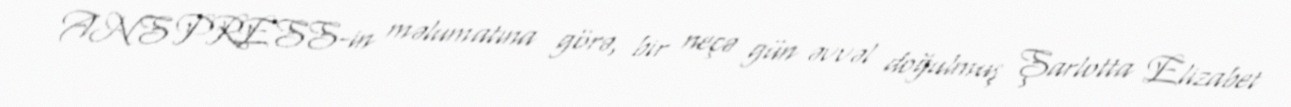
ANS PRESS-in məlumatına görə, bir neçə gün əvvəl doğulmuş Şarlotta Elizabet